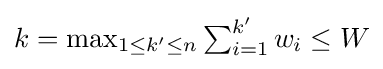
k=\textstyle \max _{1\leq k'\leq n}\textstyle \sum _{i=1}^{k'}w_{i}\leq W